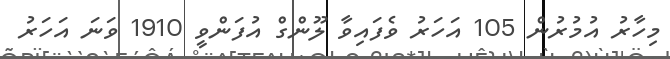
މިހާރު އުމުރުން 105 އަހަރު ވެފައިވާ ލޫންގް އުފަންވީ 1910 ވަނަ އަހަރު